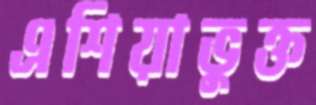
এশিয়াভুক্ত